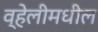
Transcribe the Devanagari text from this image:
व्हेलीमधील